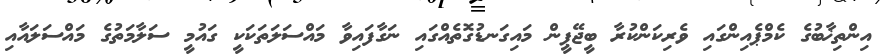
އިންތިޚާބުގެ ކެމްޕެއިންގައި ވެރިކަންކުރާ ބީޖޭޕީން މައިގަނޑުގޮތެއްގައި ނަގާފައިވާ މައްސަލަތަކަކީ ގައުމީ ސަލާމަތުގެ މައްސަލައާއި